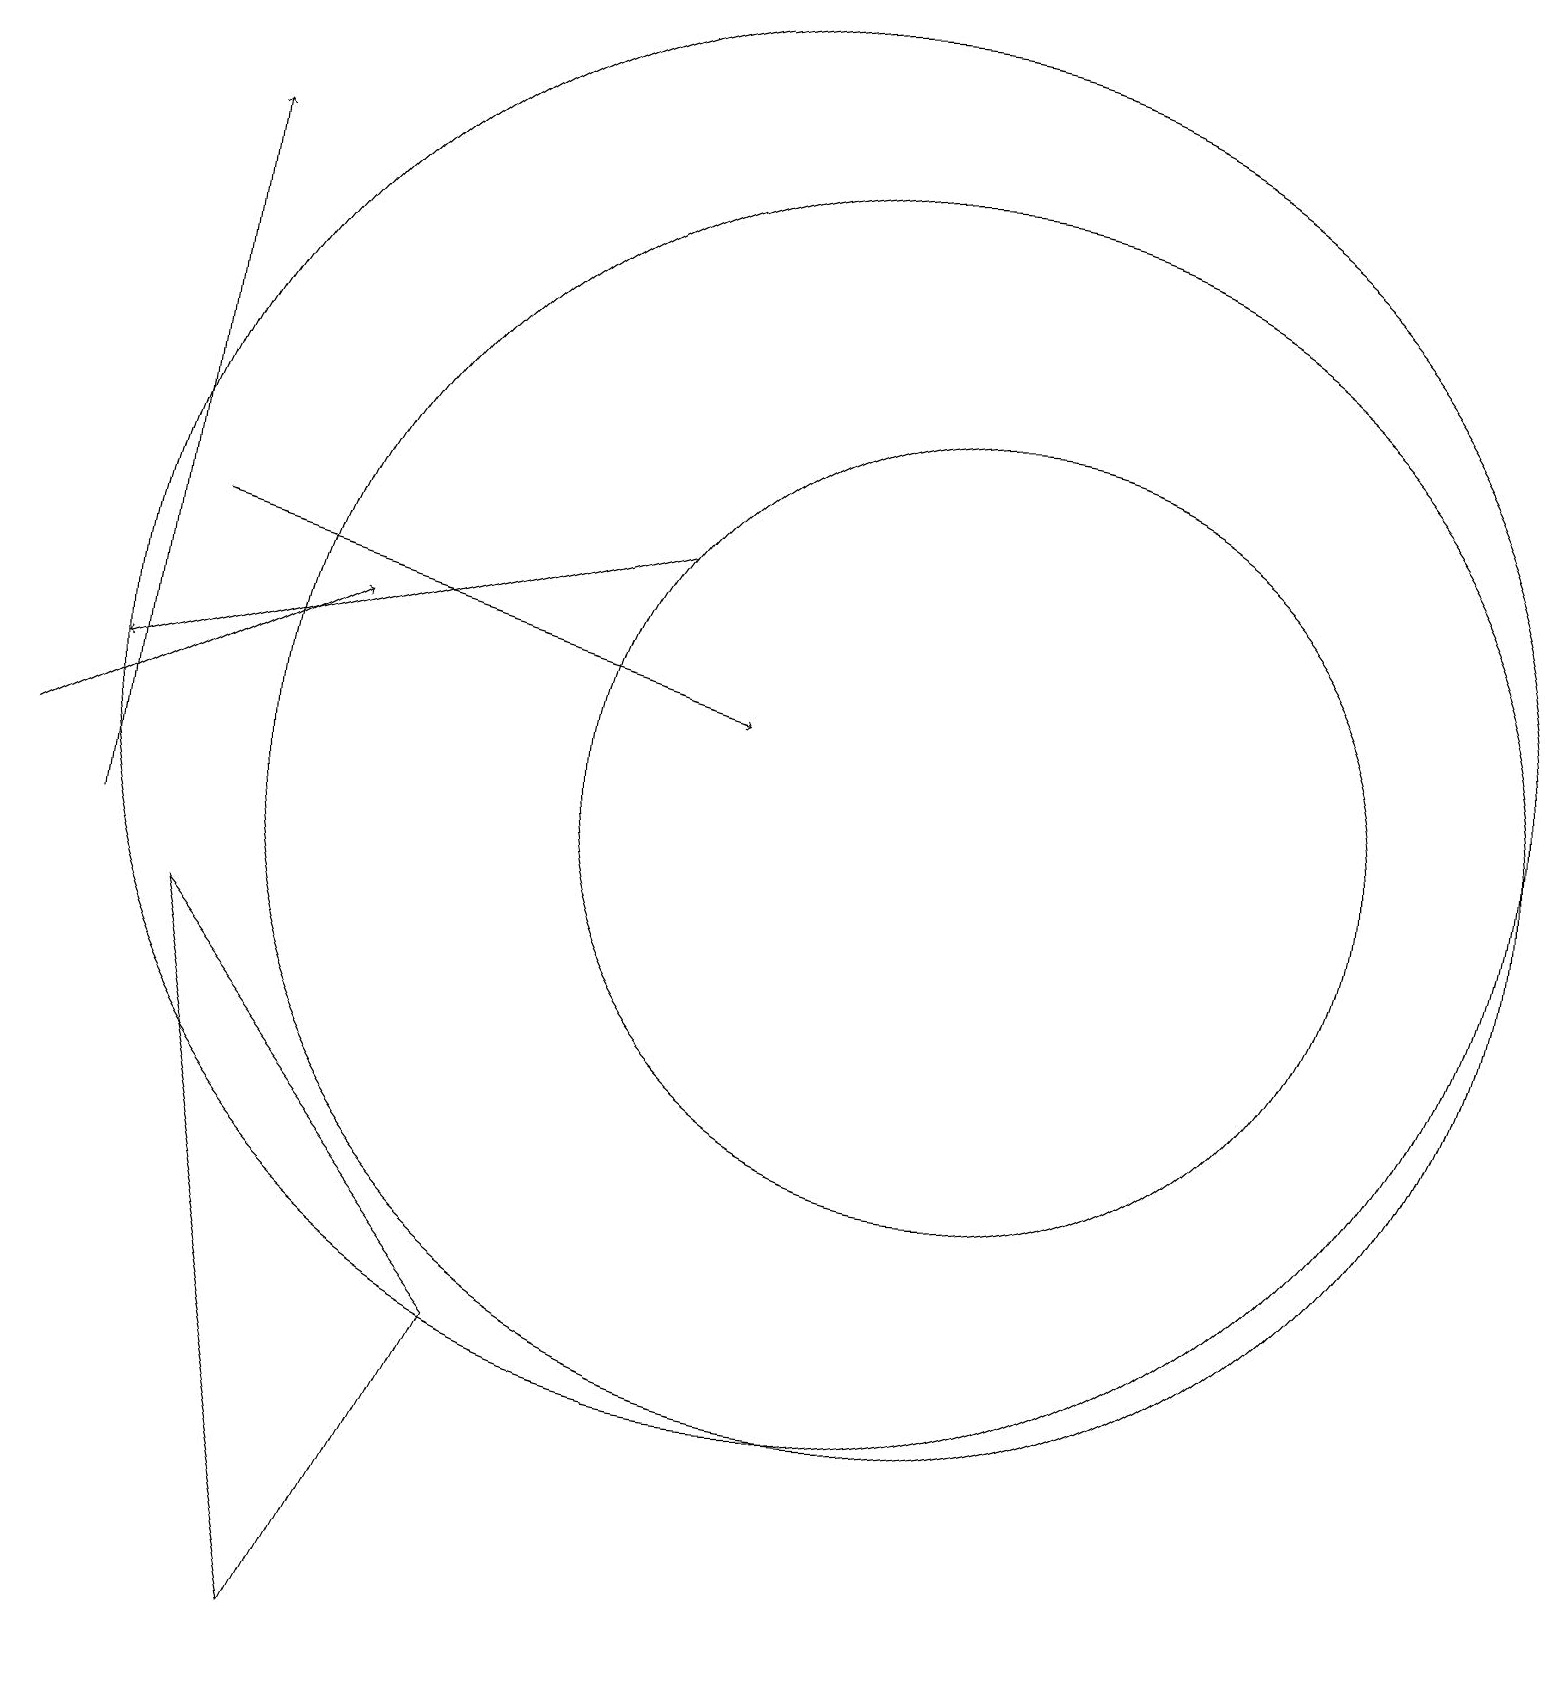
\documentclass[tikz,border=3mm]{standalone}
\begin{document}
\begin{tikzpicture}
\draw (2,9) -- (4,0) -- (6,4) -- cycle;
\draw[->] (8,14) -- (1,12);
\draw[->] (0,11) -- (4,13);
\draw[->] (1,10) -- (2,19);
\draw[->] (2,14) -- (9,12);
\draw (11,11) circle (8);
\draw (12,11) circle (5);
\draw (10,12) circle (9);
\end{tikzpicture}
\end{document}